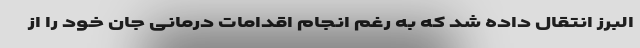
البرز انتقال داده شد که به رغم انجام اقدامات درمانی جان خود را از